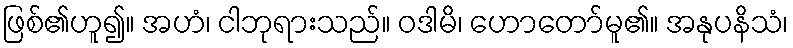
ဖြစ်၏ဟူ၍။ အဟံ၊ ငါဘုရားသည်။ ဝဒါမိ၊ ဟောတော်မူ၏။ အနုပနိသံ၊